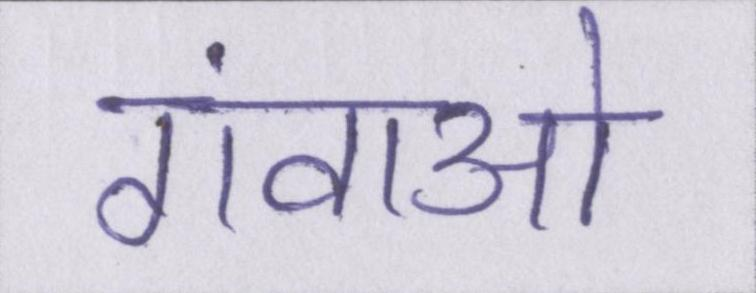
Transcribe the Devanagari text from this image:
गंवाओ